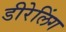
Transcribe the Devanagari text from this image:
डीरेलिंग